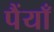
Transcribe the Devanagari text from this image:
पैंयाँ